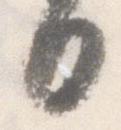
日